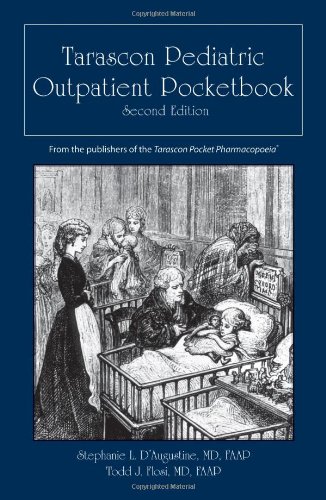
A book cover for Tarascon Pediatric Outpatient Pocketbook; Stephanie L. D'Augustine; Reference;